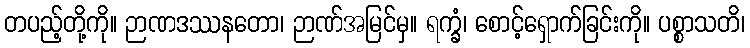
တပည့်တို့ကို။ ဉာဏဒဿနတော၊ ဉာဏ်အမြင်မှ။ ရက္ခံ၊ စောင့်ရှောက်ခြင်းကို။ ပစ္စာသတိ၊